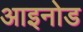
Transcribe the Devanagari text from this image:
आइनोड